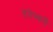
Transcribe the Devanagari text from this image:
हेतेस्बरी